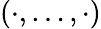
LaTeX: (\cdot,\ldots,\cdot)